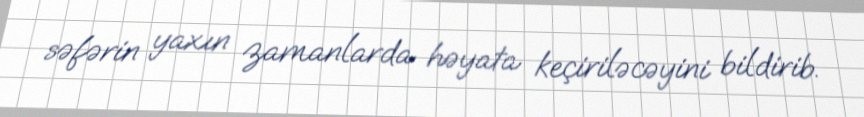
səfərin yaxın zamanlarda həyata keçiriləcəyini bildirib.